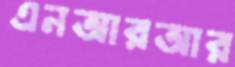
এনআরআর